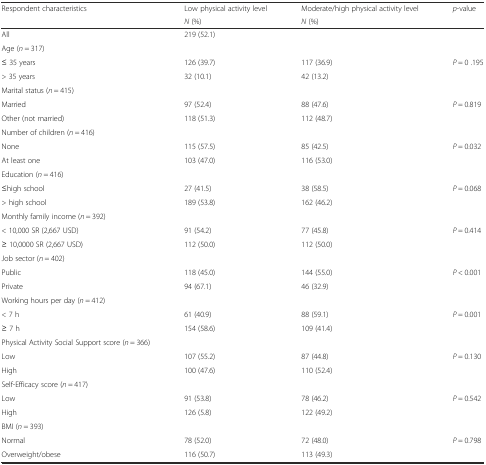
<table><thead><tr><td rowspan="2"><b>Respondent characteristics</b></td><td><b>Low physical activity level</b></td><td><b>Moderate/high physical activity level</b></td><td rowspan="2"><b><i>p</i>-value</b></td></tr><tr><td><b><i>N</i> (%)</b></td><td><b><i>N</i> (%)</b></td></tr></thead><tbody><tr><td>All</td><td>219 (52.1)</td><td></td><td></td></tr><tr><td>Age (<i>n</i> = 317)</td><td></td><td></td><td></td></tr><tr><td>≤ 35 years</td><td>126 (39.7)</td><td>117 (36.9)</td><td><i>P</i> = 0 .195</td></tr><tr><td>&gt; 35 years</td><td>32 (10.1)</td><td>42 (13.2)</td><td></td></tr><tr><td>Marital status (<i>n</i> = 415)</td><td></td><td></td><td></td></tr><tr><td>Married</td><td>97 (52.4)</td><td>88 (47.6)</td><td><i>P</i> = 0.819</td></tr><tr><td>Other (not married)</td><td>118 (51.3)</td><td>112 (48.7)</td><td></td></tr><tr><td>Number of children (<i>n</i> = 416)</td><td></td><td></td><td></td></tr><tr><td>None</td><td>115 (57.5)</td><td>85 (42.5)</td><td><i>P</i> = 0.032</td></tr><tr><td>At least one</td><td>103 (47.0)</td><td>116 (53.0)</td><td></td></tr><tr><td>Education (<i>n</i> = 416)</td><td></td><td></td><td></td></tr><tr><td>≤high school</td><td>27 (41.5)</td><td>38 (58.5)</td><td><i>P</i> = 0.068</td></tr><tr><td>&gt; high school</td><td>189 (53.8)</td><td>162 (46.2)</td><td></td></tr><tr><td>Monthly family income (<i>n</i> = 392)</td><td></td><td></td><td></td></tr><tr><td>&lt; 10,000 SR (2,667 USD)</td><td>91 (54.2)</td><td>77 (45.8)</td><td><i>P</i> = 0.414</td></tr><tr><td>≥ 10,0000 SR (2,667 USD)</td><td>112 (50.0)</td><td>112 (50.0)</td><td></td></tr><tr><td>Job sector (<i>n</i> = 402)</td><td></td><td></td><td></td></tr><tr><td>Public</td><td>118 (45.0)</td><td>144 (55.0)</td><td><i>P</i> &lt; 0.001</td></tr><tr><td>Private</td><td>94 (67.1)</td><td>46 (32.9)</td><td></td></tr><tr><td>Working hours per day (<i>n</i> = 412)</td><td></td><td></td><td></td></tr><tr><td>&lt; 7 h</td><td>61 (40.9)</td><td>88 (59.1)</td><td><i>P</i> = 0.001</td></tr><tr><td>≥ 7 h</td><td>154 (58.6)</td><td>109 (41.4)</td><td></td></tr><tr><td>Physical Activity Social Support score (<i>n</i> = 366)</td><td></td><td></td><td></td></tr><tr><td>Low</td><td>107 (55.2)</td><td>87 (44.8)</td><td><i>P</i> = 0.130</td></tr><tr><td>High</td><td>100 (47.6)</td><td>110 (52.4)</td><td></td></tr><tr><td>Self-Efficacy score (<i>n</i> = 417)</td><td></td><td></td><td></td></tr><tr><td>Low</td><td>91 (53.8)</td><td>78 (46.2)</td><td><i>P</i> = 0.542</td></tr><tr><td>High</td><td>126 (5.8)</td><td>122 (49.2)</td><td></td></tr><tr><td>BMI (<i>n</i> = 393)</td><td></td><td></td><td></td></tr><tr><td>Normal</td><td>78 (52.0)</td><td>72 (48.0)</td><td><i>P</i> = 0.798</td></tr><tr><td>Overweight/obese</td><td>116 (50.7)</td><td>113 (49.3)</td><td></td></tr></tbody></table>